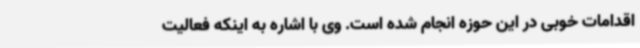
اقدامات خوبی در این حوزه انجام شده است. وی با اشاره به اینکه فعالیت